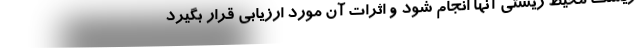
زیست محیط زیستی آنها انجام شود و اثرات آن مورد ارزیابی قرار بگیرد